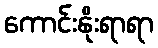
ကောင်းနိုးရာရာ